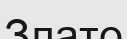
Злато